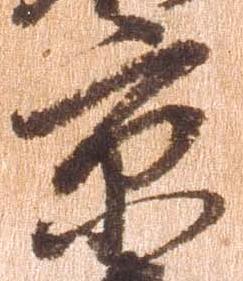
京